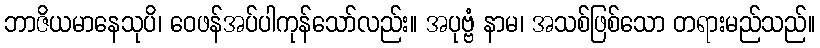
ဘာဇိယမာနေသုပိ၊ ဝေဖန်အပ်ပါကုန်သော်လည်း။ အပုဗ္ဗံ နာမ၊ အသစ်ဖြစ်သော တရားမည်သည်။